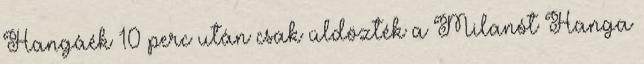
Hangáék 10 perc után csak üldözték a Milanót Hanga